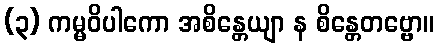
(၃) ကမ္မဝိပါကော အစိန္တေယျာ န စိန္တေတဗ္ဗော။